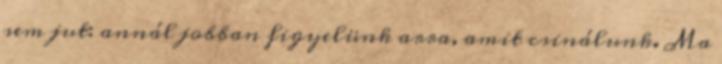
sem jut: annál jobban figyelünk arra, amit csinálunk. Ma